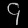
Digit: ၄